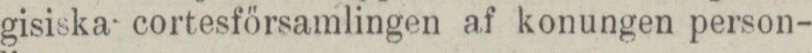
gisiska cortesförsamlingen af konungen person-